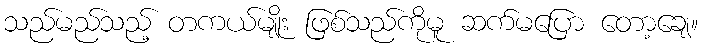
သည်မည်သည့် တကယ်မျိုး ဖြစ်သည်ကိုမူ ဆက်မပြော တော့ချေ။